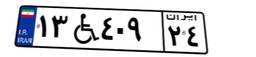
۱۳W۴۰۹۲۴